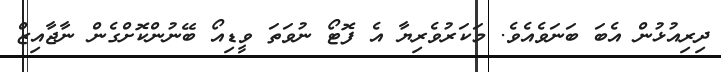
ދިރިއުޅުން އެބަ ބަނަވެއެވެ. މަކަރުވެރިޔާ އެ ފޮޓޯ ނުވަތަ ވީޑިއޯ ބޭނުންކޮށްގެން ނާޖާއިޒް